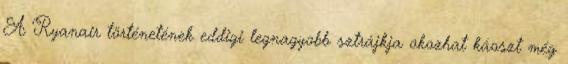
A Ryanair történetének eddigi legnagyobb sztrájkja okozhat káoszt még